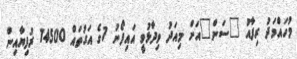
މުހައްމަދު ރިފާއު "ސަން"އަށް މިއަދު ވިދާޅުވީ އައިފޯނު 7ގެ އަގުތައް 14500 ރުފިޔާއިން